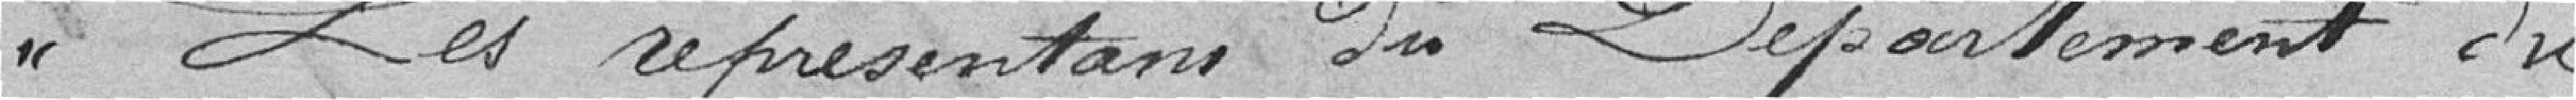
Les représentants du département du